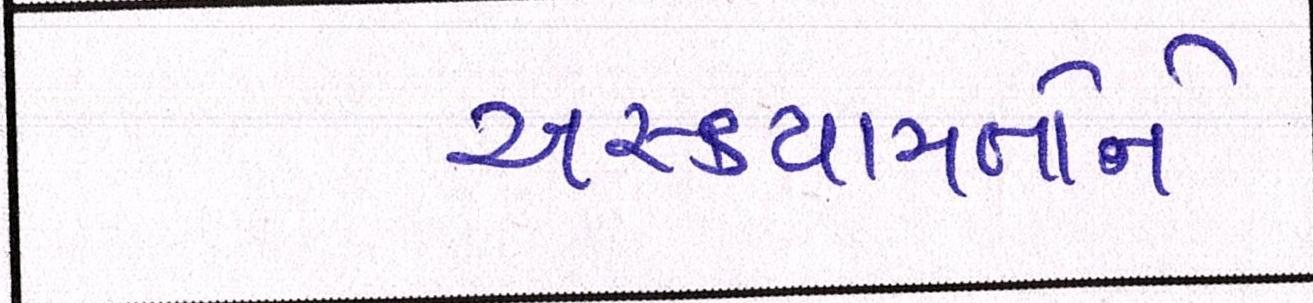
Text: અસ્કયામતોને